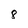
Character: 8